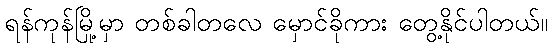
ရန်ကုန်မြို့မှာ တစ်ခါတလေ မှောင်ခိုကား တွေ့နိုင်ပါတယ်။